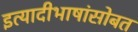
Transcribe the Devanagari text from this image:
इत्यादीभाषांसोबत